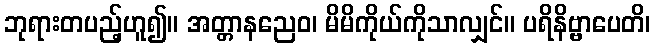
ဘုရားတပည့်ဟူ၍။ အတ္တာနညေဝ၊ မိမိကိုယ်ကိုသာလျှင်။ ပရိနိဗ္ဗာပေတိ၊